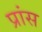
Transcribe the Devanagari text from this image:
प्रांस